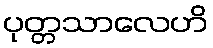
ပုတ္တသာလေဟိ